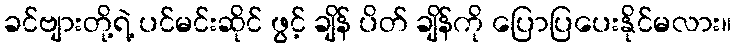
ခင်ဗျားတို့ရဲ့ ပင်မင်းဆိုင် ဖွင့် ချိန် ပိတ် ချိန်ကို ပြောပြပေးနိုင်မလား။